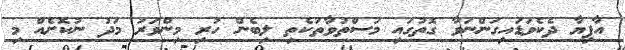
އާފިޔާ ދެކެވަޑައިގަންނަވާ ގޮތުގައި މަސްތުވާތަކެތި ލިބެން ހުރި މިންވަރު މަދު ނުކޮށެއް މި